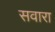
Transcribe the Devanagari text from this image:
सवारा